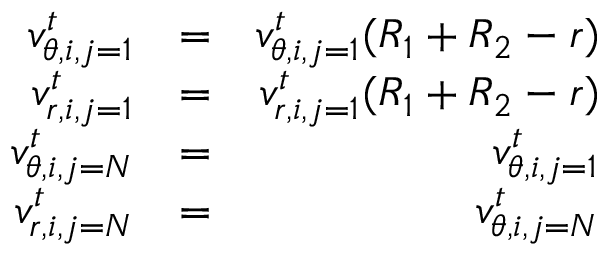
\begin{array} { r l r } { v _ { \theta , i , j = 1 } ^ { t } } & { = } & { v _ { \theta , i , j = 1 } ^ { t } ( R _ { 1 } + R _ { 2 } - r ) } \\ { v _ { r , i , j = 1 } ^ { t } } & { = } & { v _ { r , i , j = 1 } ^ { t } ( R _ { 1 } + R _ { 2 } - r ) } \\ { v _ { \theta , i , j = N } ^ { t } } & { = } & { v _ { \theta , i , j = 1 } ^ { t } } \\ { v _ { r , i , j = N } ^ { t } } & { = } & { v _ { \theta , i , j = N } ^ { t } } \end{array}